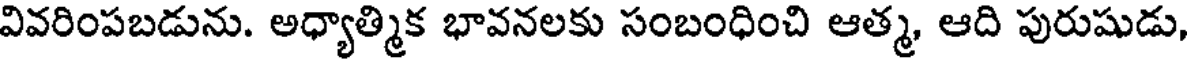
వివరింపబడును. అధ్యాత్మిక భావనలకు సంబంధించి ఆత్మ, ఆది పురుషుడు,